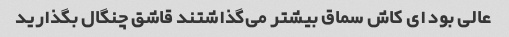
عالی بود ای کاش سماق بیشتر می‌گذاشتند قاشق چنگال بگذارید